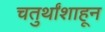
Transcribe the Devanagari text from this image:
चतुर्थांशाहून